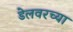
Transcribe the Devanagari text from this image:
डेलवरच्या